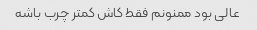
عالی بود ممنونم فقط کاش کمتر چرب باشه